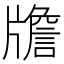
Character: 𤗻